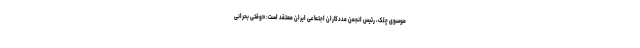
موسوی چلک، رئیس انجمن مددکاران اجتماعی ایران معتقد است: «وقتی بحرانی